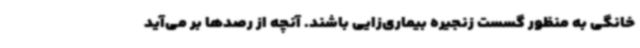
خانگی به منظور گسست زنجیره بیماری‌زایی باشند. آنچه از رصدها بر می‌آید